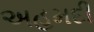
અહમદી